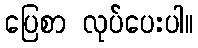
ပြေစာ လုပ်ပေးပါ။